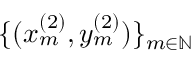
\{ ( x _ { m } ^ { ( 2 ) } , y _ { m } ^ { ( 2 ) } ) \} _ { m \in \mathbb { N } }